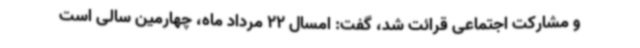
و مشارکت اجتماعی قرائت شد، گفت: امسال 22 مرداد ماه، چهارمین سالی است